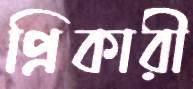
প্রিকারী